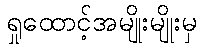
ရှုထောင့်အမျိုးမျိုးမှ